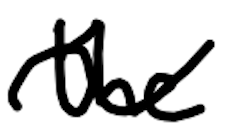
Text: the
Cross-out: wave
Writing tool: digital_black